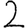
Digit: 2